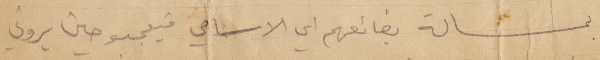
بمسألة بضائعهم أي الاسامي فيتعجبون يروني